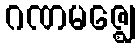
ဂဏမဇ္ဈေ